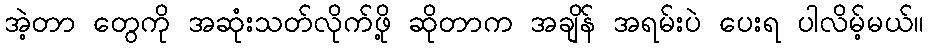
အဲ့တာ တွေကို အဆုံးသတ်လိုက်ဖို့ ဆိုတာက အချိန် အရမ်းပဲ ပေးရ ပါလိမ့်မယ်။